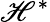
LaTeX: \mathscr{H}^{*}